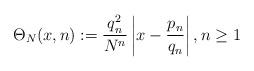
LaTeX: \begin{align*}\Theta_N(x,n):= \frac{q_n^2}{N^n} \left|x-\frac{p_n}{q_n}\right|, n \geq 1 \end{align*}